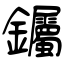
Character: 钃